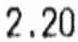
2.20